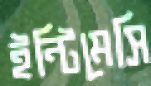
ইন্টিমেসি